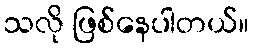
သလို ဖြစ်နေပါတယ်။